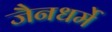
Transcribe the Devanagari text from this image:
जैनधर्मे